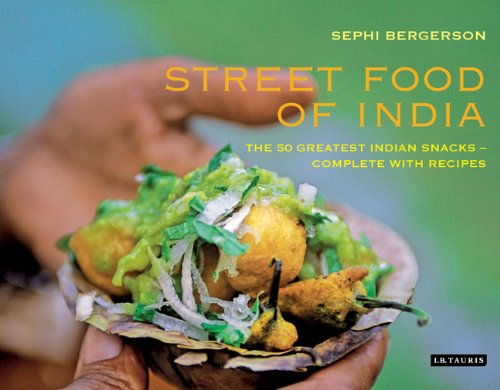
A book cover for Street Food of India: The 50 Greatest Indian Snacks - Complete with Recipes; Sephi Bergerson; Cookbooks, Food & Wine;